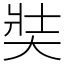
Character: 奘